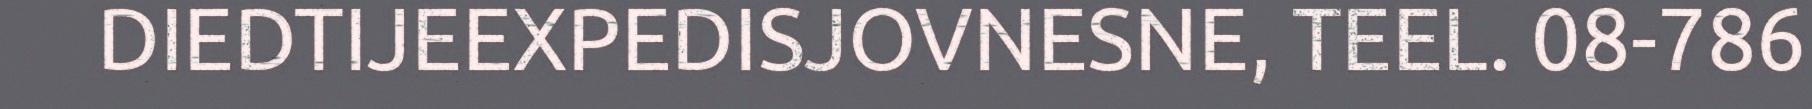
DIEDTIJEEXPEDISJOVNESNE, TEEL. 08-786